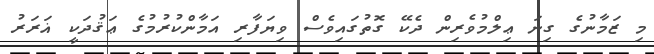
މި ޒަމާނުގެ ގިނަ ޢިލްމުވެރިން ދެކޭ ގޮތުގައިވެސް ވިޔަފާރި އަމާންކުރުމުގެ ޢަޤުދަކީ ޣަރަރު